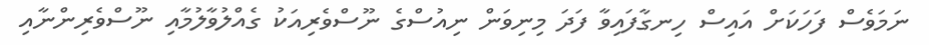
ނަމަވެސް ފަހަކަށް އައިސް ހިނގާފައިވާ ފަދަ މިނިވަން ނިއުސްގެ ނޫސްވެރިއަކު ގެއްލުވާލުމާއި ނޫސްވެރިންނާއި